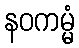
နဝကမ္မံ